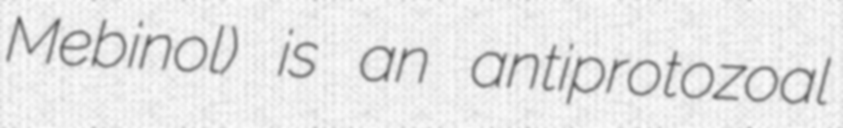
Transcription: Mebinol) is an antiprotozoal